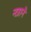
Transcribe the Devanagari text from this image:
नत्राने